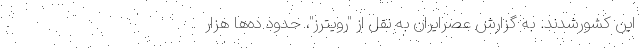
این کشورشدند. به گزارش عصرایران به نقل از "رویترز"، حدود ده‌ها هزار